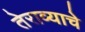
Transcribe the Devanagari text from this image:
तेराव्याचे